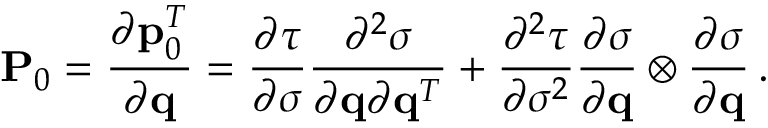
{ \bf P } _ { 0 } = \frac { \partial { \bf p } _ { 0 } ^ { T } } { \partial { \bf q } } = \frac { \partial \tau } { \partial \sigma } \frac { \partial ^ { 2 } \sigma } { \partial { \bf q } \partial { \bf q } ^ { T } } + \frac { \partial ^ { 2 } \tau } { \partial \sigma ^ { 2 } } \frac { \partial \sigma } { \partial { \bf q } } \otimes \frac { \partial \sigma } { \partial { \bf q } } \, .